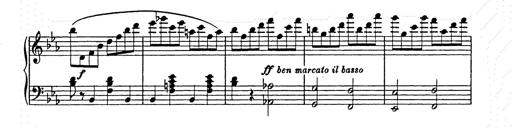
Title: Allegro di bravura
Composer: Carl Maria von Weber
Key: D major